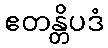
ဧတန္တိပဒံ